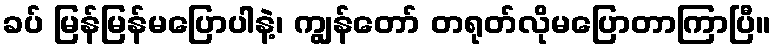
ခပ် မြန်မြန်မပြောပါနဲ့၊ ကျွန်တော် တရုတ်လိုမပြောတာကြာပြီ။